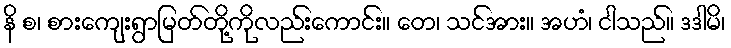
နိ စ၊ စားကျေးရွာမြတ်တို့ကိုလည်းကောင်း။ တေ၊ သင်အား။ အဟံ၊ ငါသည်။ ဒဒါမိ၊